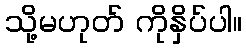
သို့မဟုတ် ကိုနှိပ်ပါ။